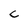
Character: c